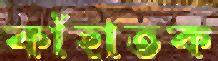
কাঁহাতক